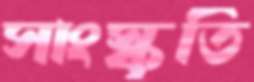
সাংস্কৃতি